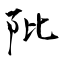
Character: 阰